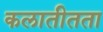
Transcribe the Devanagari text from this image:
कलातीतता